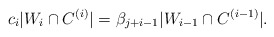
\begin{align*}{c_{i}}|W_i \cap C^{(i)}| ={\beta_{j+i-1}}|W_{i-1} \cap C^{(i-1)}|.\end{align*}